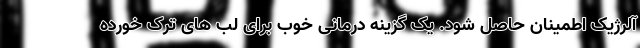
آلرژیک اطمینان حاصل شود. یک گزینه درمانی خوب برای لب های ترک خورده